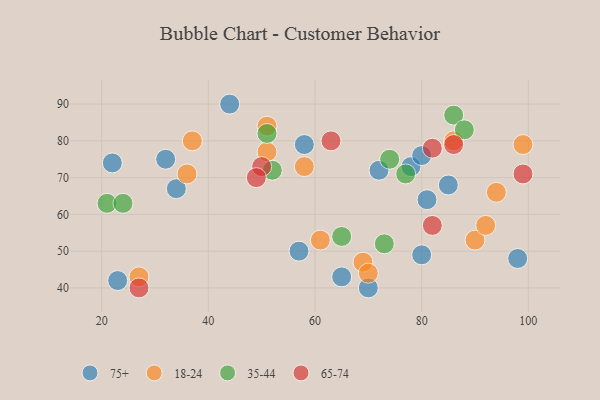
{"axis": {"x": "GDP", "y": "Life Expectancy"}, "legend": ["18-24", "35-44", "65-74", "75+"], "data": [{"x": "80", "y": 49, "type": "75+"}, {"x": "85", "y": 68, "type": "75+"}, {"x": "34", "y": 67, "type": "75+"}, {"x": "70", "y": 40, "type": "75+"}, {"x": "81", "y": 64, "type": "75+"}, {"x": "78", "y": 73, "type": "75+"}, {"x": "22", "y": 74, "type": "75+"}, {"x": "80", "y": 76, "type": "75+"}, {"x": "44", "y": 90, "type": "75+"}, {"x": "57", "y": 50, "type": "75+"}, {"x": "32", "y": 75, "type": "75+"}, {"x": "65", "y": 43, "type": "75+"}, {"x": "23", "y": 42, "type": "75+"}, {"x": "58", "y": 79, "type": "75+"}, {"x": "98", "y": 48, "type": "75+"}, {"x": "72", "y": 72, "type": "75+"}, {"x": "58", "y": 73, "type": "18-24"}, {"x": "36", "y": 71, "type": "18-24"}, {"x": "51", "y": 84, "type": "18-24"}, {"x": "27", "y": 43, "type": "18-24"}, {"x": "69", "y": 47, "type": "18-24"}, {"x": "90", "y": 53, "type": "18-24"}, {"x": "51", "y": 77, "type": "18-24"}, {"x": "92", "y": 57, "type": "18-24"}, {"x": "99", "y": 79, "type": "18-24"}, {"x": "70", "y": 44, "type": "18-24"}, {"x": "61", "y": 53, "type": "18-24"}, {"x": "37", "y": 80, "type": "18-24"}, {"x": "94", "y": 66, "type": "18-24"}, {"x": "86", "y": 80, "type": "18-24"}, {"x": "65", "y": 54, "type": "35-44"}, {"x": "21", "y": 63, "type": "35-44"}, {"x": "86", "y": 87, "type": "35-44"}, {"x": "74", "y": 75, "type": "35-44"}, {"x": "52", "y": 72, "type": "35-44"}, {"x": "77", "y": 71, "type": "35-44"}, {"x": "51", "y": 82, "type": "35-44"}, {"x": "88", "y": 83, "type": "35-44"}, {"x": "73", "y": 52, "type": "35-44"}, {"x": "24", "y": 63, "type": "35-44"}, {"x": "27", "y": 40, "type": "65-74"}, {"x": "86", "y": 79, "type": "65-74"}, {"x": "82", "y": 78, "type": "65-74"}, {"x": "99", "y": 71, "type": "65-74"}, {"x": "50", "y": 73, "type": "65-74"}, {"x": "82", "y": 57, "type": "65-74"}, {"x": "49", "y": 70, "type": "65-74"}, {"x": "63", "y": 80, "type": "65-74"}]}